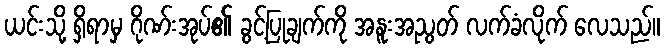
ယင်းသို့ ရှိရာမှ ဂိုဏ်းအုပ်၏ ခွင့်ပြုချက်ကို အနူးအညွတ် လက်ခံလိုက် လေသည်။